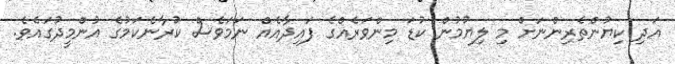
އަދި ކިޔުންތެރިންނަށް މި ލިޔުމުން ކުޑަ މިންވަރެއްގެ ފައިދާއެއް ނަމަވެސް ކުރާނެކަމުގެ އުންމީދުގައެވެ.